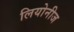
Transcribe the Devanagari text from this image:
लियोनीज